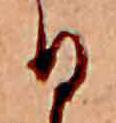
日